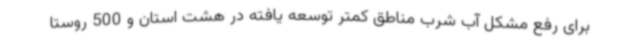
برای رفع مشکل آب شرب مناطق کمتر توسعه یافته در هشت استان و 500 روستا